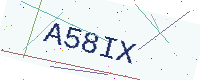
Text: A58IX